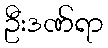
ဦးဒဏ်ရာ